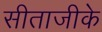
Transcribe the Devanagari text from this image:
सीताजीके